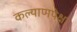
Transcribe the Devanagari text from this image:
कल्याणपेक्षा